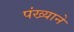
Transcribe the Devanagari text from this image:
पंख्याने